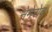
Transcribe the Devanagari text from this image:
नेमेरोव